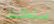
سلطتك